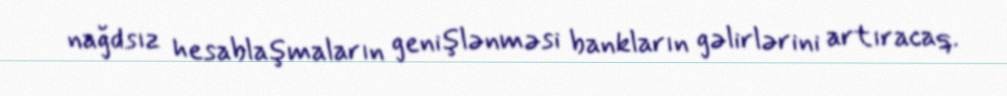
nağdsız hesablaşmaların genişlənməsi bankların gəlirlərini artıracaq.